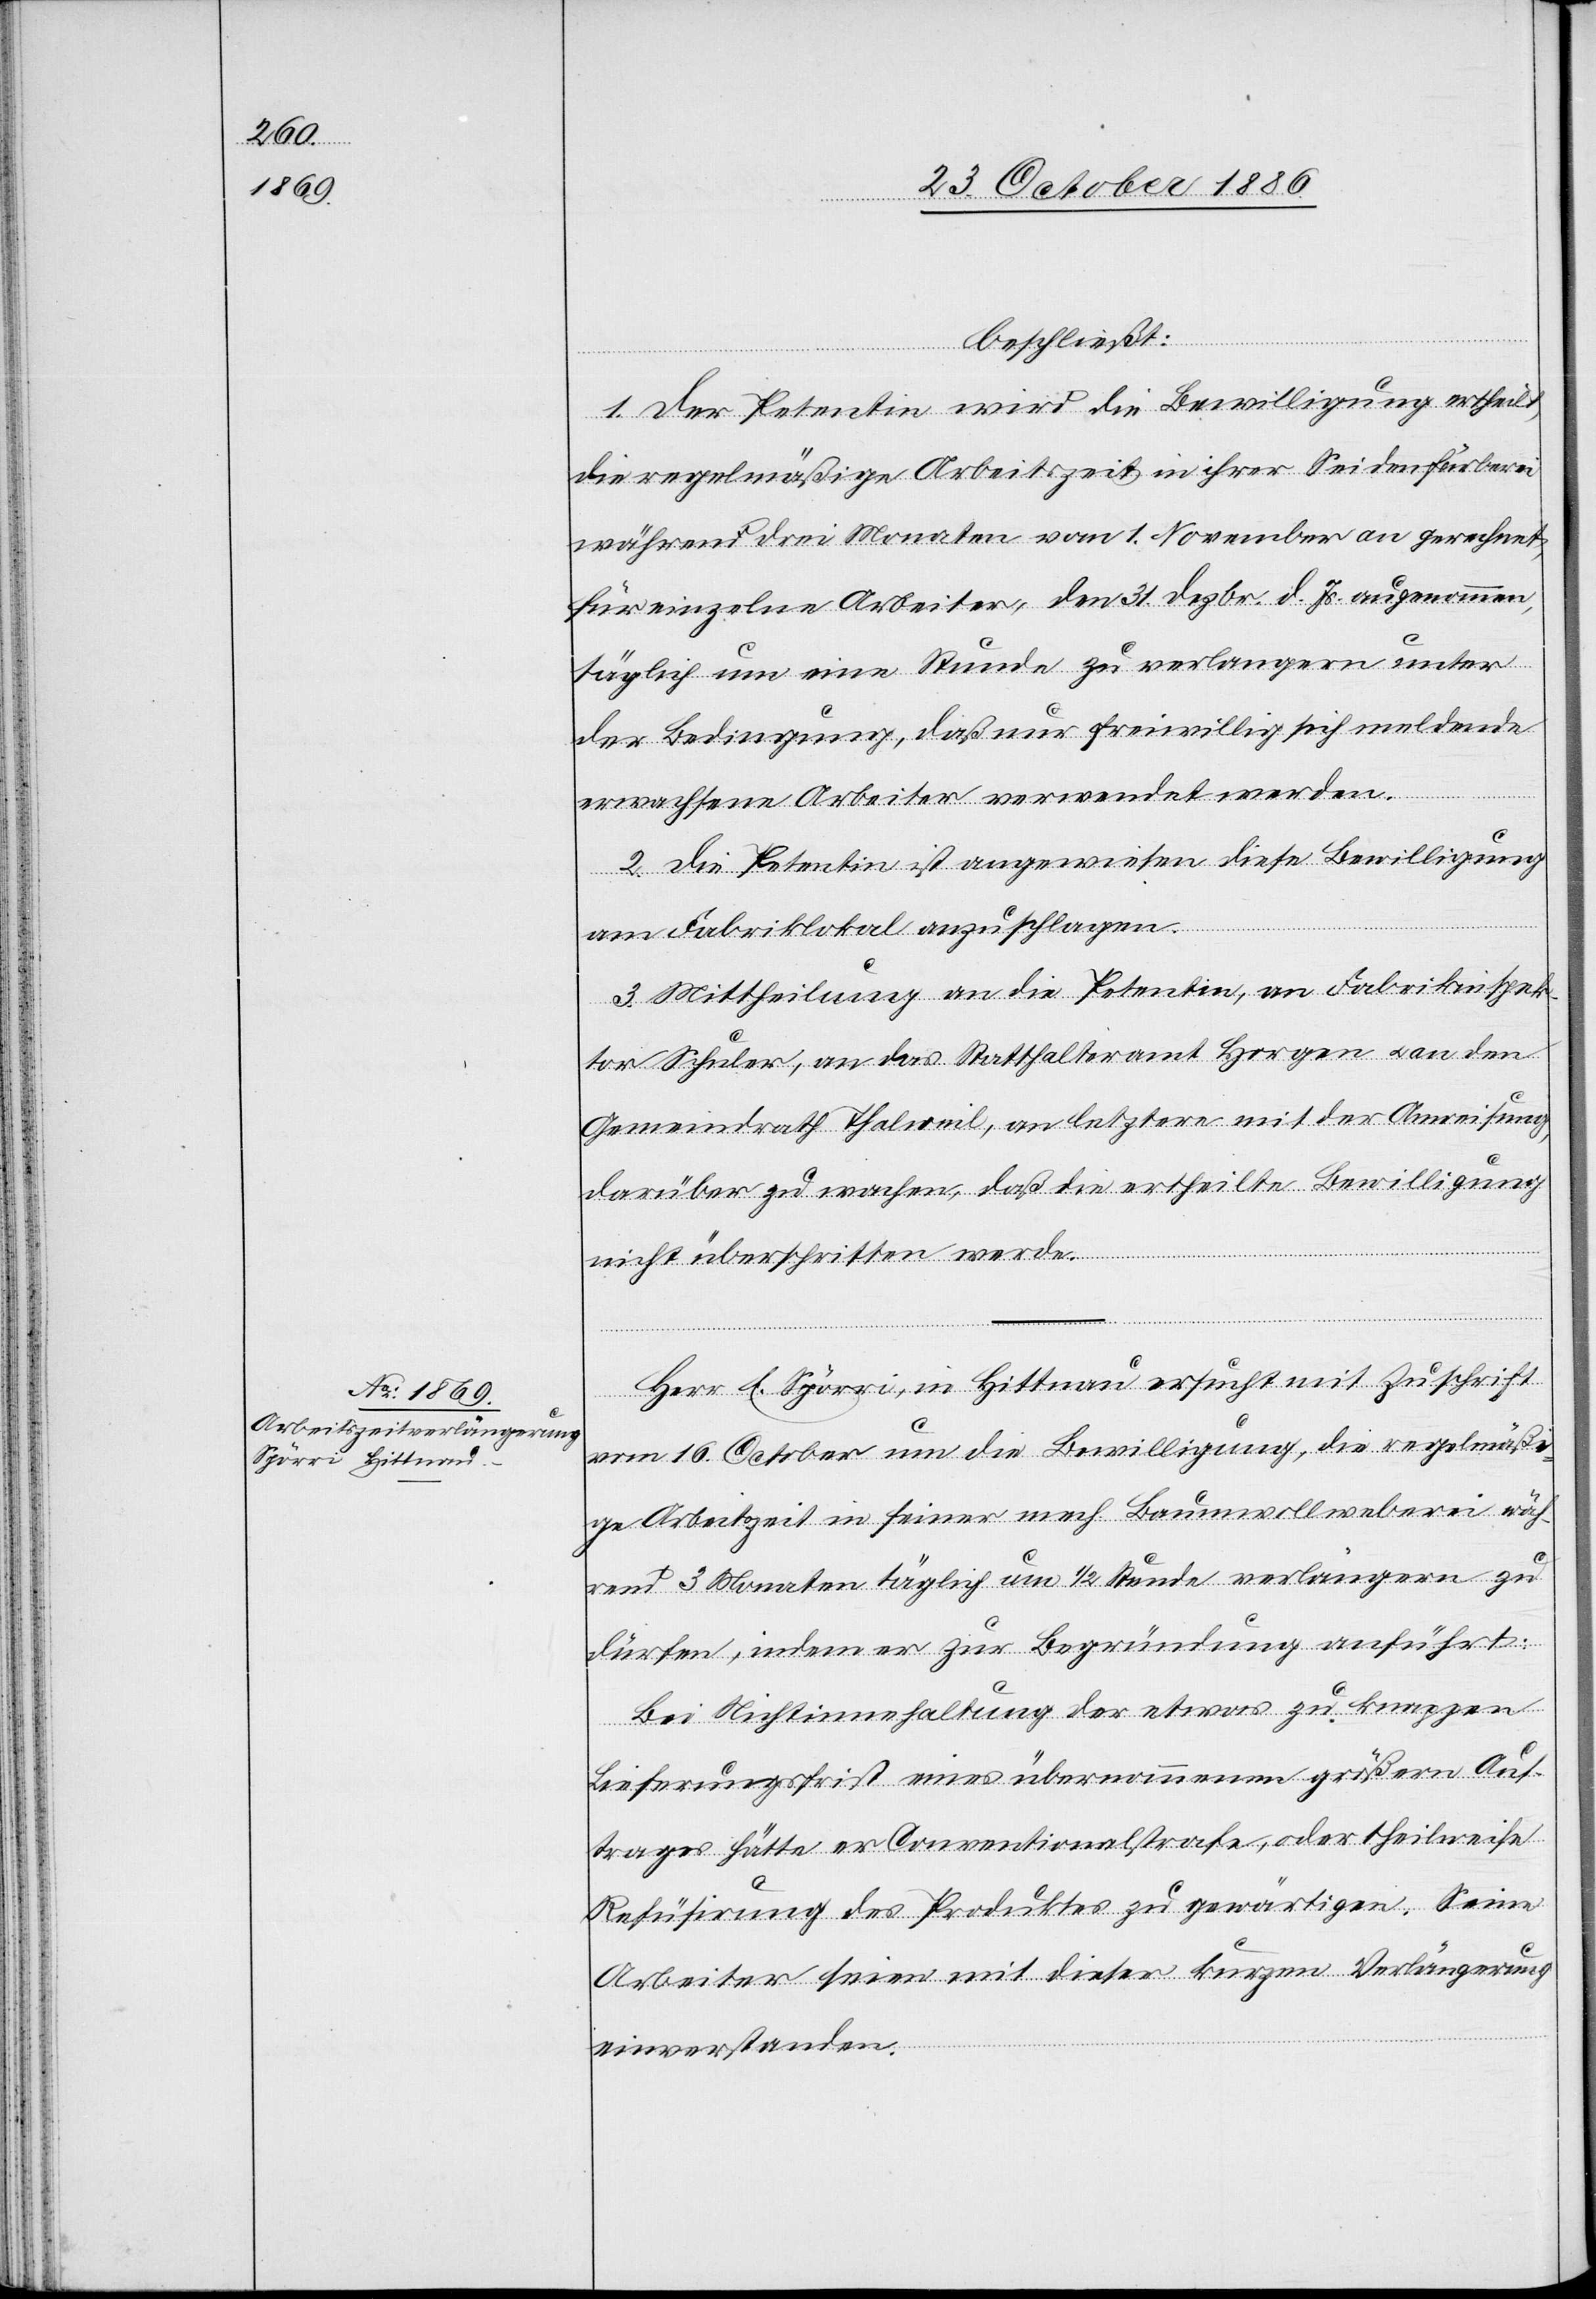
beschließt:
1. Der Petentin wird die Bewilligung ertheilt,
die regelmäßige Arbeitszeit in ihrer Seidenfärberei
während drei Monaten vom 1. November an gerechnet,
für einzelne Arbeiter, den 31. Dezbr. d. Js. ausgenommen,
täglich um eine Stunde zu verlangern [sic!] unter
der Bedingung, daß nur freiwillig sich meldende
erwachsene Arbeiter verwendet werden.
2. Die Petentin ist angewiesen diese Bewilligung
am Fabriklokal anzuschlagen.
3. Mittheilung an die Petentin, an Fabrikinspek¬
tor Schuler, an das Statthalteramt Horgen & an den
Gemeindrath Thalweil, an letztere mit der Anweisung,
darüber zu wachen, daß die ertheilte Bewilligung
nicht überschritten werde.
Herr E. Spörri, in Hittnau ersucht mit Zuschrift
vom 16. October um die Bewilligung, die regelmäß¬
ige Arbeitszeit in seiner mech. Baumwollweberei wäh¬
rend 3 Monaten täglich um 1/2 Stunde verlängern zu
dürfen, indem er zur Begründung anführt:
Bei Nichtinnehaltung der etwas zu knappen
Lieferungsfrist eines übernommenen größern Auf¬
trages hätte er Conventionalstrafe, oder theilweise
Refüsirung des Produktes zu gewärtigen. Seine
Arbeiter seien mit dieser kurzen Verlängerung
einverstanden.